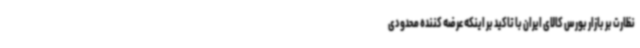
نظارت بر بازار بورس کالای ایران با تاکید بر اینکه عرضه کننده محدودی